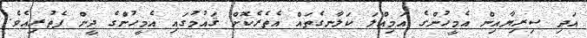
އަދި ސިރިޔާއިން އެމީހުންގެ އަމިއްލަ ކަލާނގެތައް އެތެރެކޮށް ޤައުމުގައި އެމީހުންގެ ދީން ފެތުރިއެވެ.